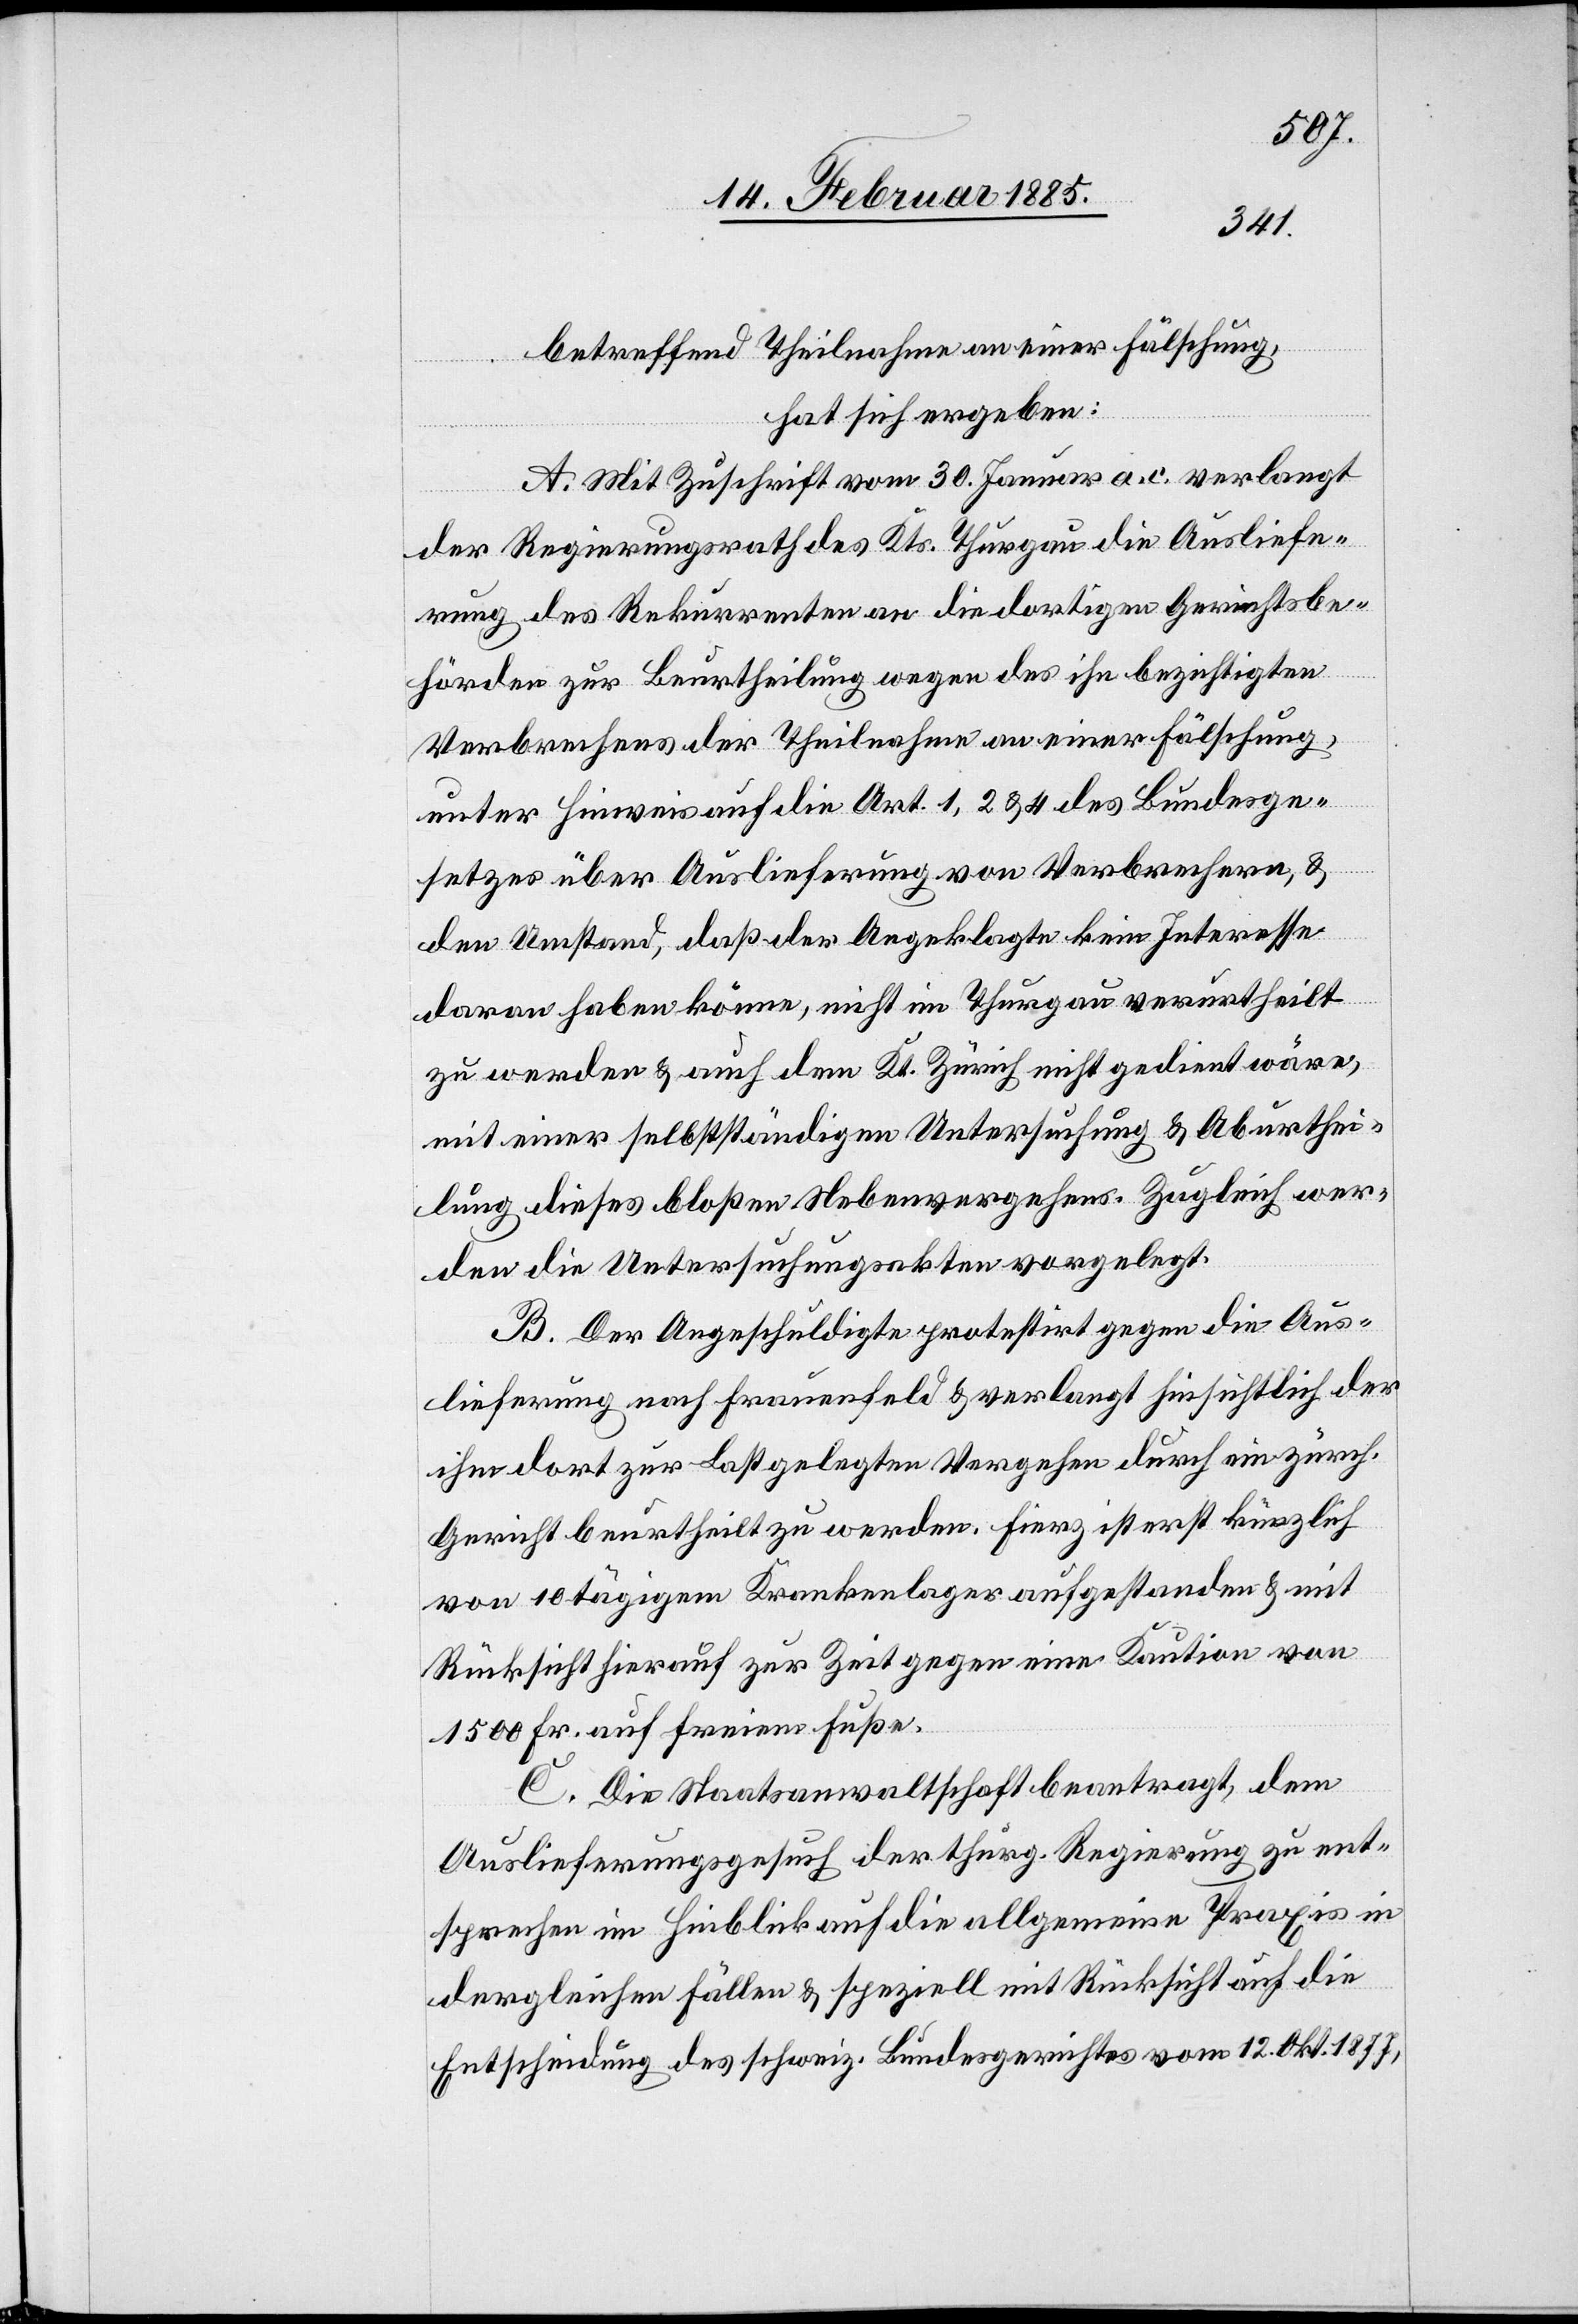
betreffend Theilnahme an einer Fälschung,
hat sich ergeben:
A. Mit Zuschrift vom 30. Januar a. c. verlangt
der Regierungsrath des Kts. Thurgau die Ausliefe¬
rung des Rekurrenten an die dortigen Gerichtsbe¬
hörden zur Beurtheilung wegen des ihn bezeichneten
Verbrechens der Theilnahme an einer Fälschung,
unter Hinweis auf die Art. 1, 2 & 4 des Bundesge¬
setzes über Auslieferung von Verbrechen, &
den Umstand, das der Angeklagte kein Interesse
daran haben könne, nicht im Thurgau verurtheilt
zu werden & auch dem Kt. Zürich nicht gedient wäre,
mit einer selbstständigen Untersuchung & Aburthei¬
lung dieses bloßen Nebenvergehens. Zugleich wer¬
den die Untersuchungsakten vorgelegt.
B. Der Angeschuldigte protestirt gegen die Aus¬
lieferung nach Frauenfeld & verlangt hinsichtlich der
ihm dort zur Last gelegten Vergehen durch ein zürch.
Gericht beurtheilt zu werden. Fierz ist erst kürzlich
von 10tägigem Krankenlager aufgestanden & mit
Rücksicht hierauf zur Zeit gegen eine Kaution von
1500 Fr. auf freiem Fuße.
C. Die Staatsanwaltschaft beantragt, dem
Auslieferungsgesuch der thurg. Regierung zu ent¬
sprechen im Hinblick auf die allgemeine Praxis in
dergleichen Fällen & speziell mit Rücksicht auf die
Entscheidung des schweiz. Bundesgerichtes vom 12. Okt. 1877,